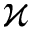
\varkappa